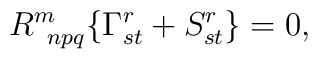
R^m_{\;\;npq}\{\Gamma^r_{st} + S^r_{st}\} = 0,